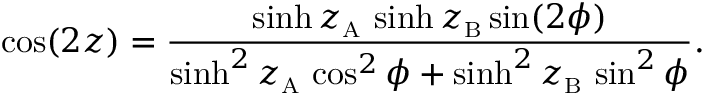
\cos ( 2 z ) = \frac { \sinh z _ { \mathrm { \scriptscriptstyle A } } \, \sinh z _ { \mathrm { \scriptscriptstyle B } } \sin ( 2 \phi ) } { \sinh ^ { 2 } z _ { \mathrm { \scriptscriptstyle A } } \, \cos ^ { 2 } \phi + \sinh ^ { 2 } z _ { \mathrm { \scriptscriptstyle B } } \, \sin ^ { 2 } \phi } .